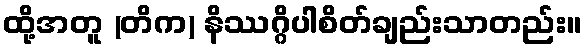
ထို့အတူ (တိက) နိဿဂ္ဂိပါစိတ်ချည်းသာတည်း။